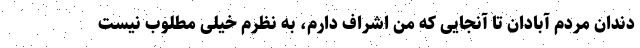
دندان مردم آبادان تا آنجایی که من اشراف دارم، به نظرم خیلی مطلوب نیست